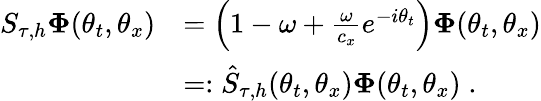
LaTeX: \begin{array}{rl}{S_{\tau,h}\boldsymbol{\Phi}(\theta_{t},\theta_{x})}&{=\left(1-\omega+\frac{\omega}{c_{x}}e^{-i\theta_{t}}\right)\boldsymbol{\Phi}(\theta_{t},\theta_{x})}\\ &{=:\hat{S}_{\tau,h}(\theta_{t},\theta_{x})\boldsymbol{\Phi}(\theta_{t},\theta_{x})\; .}\end{array}